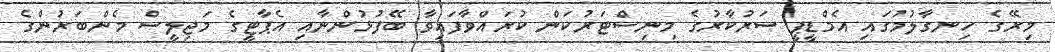
މިރޭގެ ހިނގާލުމުގައި އެމްޑީޕީ ސަރުކާރުގެ މިނިސްޓަރުކަން ކުރައްވާފައިވާ ބޭފުޅުންނާއި އެޕާޓީގެ މަޖިލީސް މެންބަރުންގެ